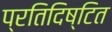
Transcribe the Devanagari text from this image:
प्रतिदिष्टित